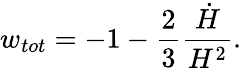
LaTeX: w_{tot}=-1-\frac{2}{3}\frac{\dot{H}}{H^{2}}.